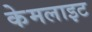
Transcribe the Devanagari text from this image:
केमलाइट